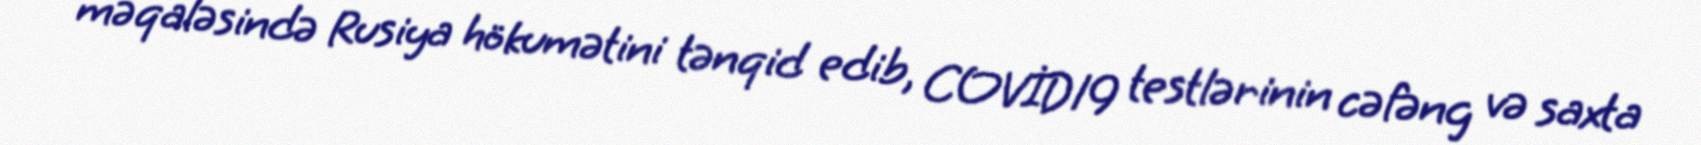
məqaləsində Rusiya hökumətini tənqid edib, COVİD19 testlərinin cəfəng və saxta